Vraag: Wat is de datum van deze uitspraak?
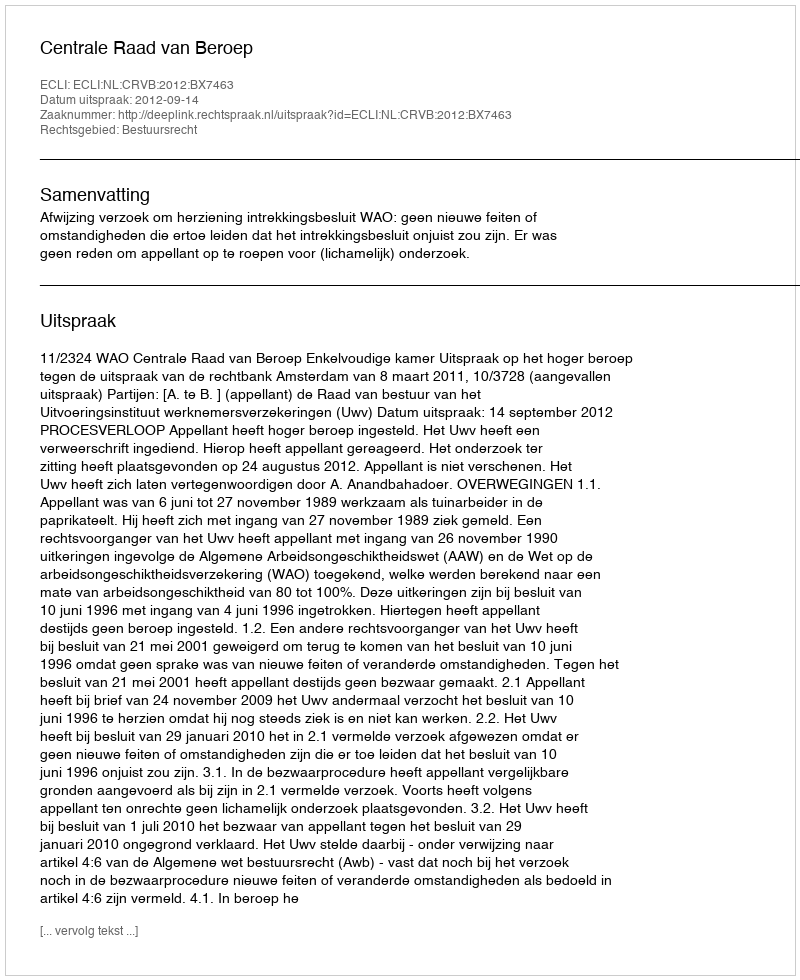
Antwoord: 2012-09-14